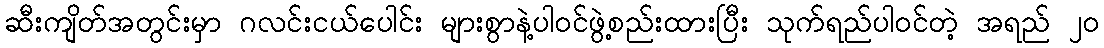
ဆီးကျိတ်အတွင်းမှာ ဂလင်းငယ်ပေါင်း များစွာနဲ့ပါဝင်ဖွဲ့စည်းထားပြီး သုက်ရည်ပါဝင်တဲ့ အရည် ၂၀